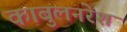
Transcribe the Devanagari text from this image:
काबुलनरेश